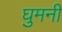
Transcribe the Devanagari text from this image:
घुमनी